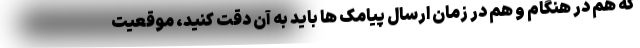
که هم در هنگام و هم در زمان ارسال پیامک ها باید به آن دقت کنید، موقعیت